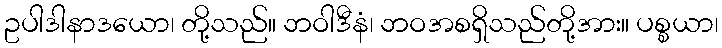
ဥပါဒါနာဒယော၊ တို့သည်။ ဘဝါဒီနံ၊ ဘဝအစရှိသည်တို့အား။ ပစ္စယာ၊